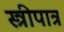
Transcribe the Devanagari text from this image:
स्त्रीपात्र